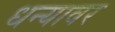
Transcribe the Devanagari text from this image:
धन्यावर